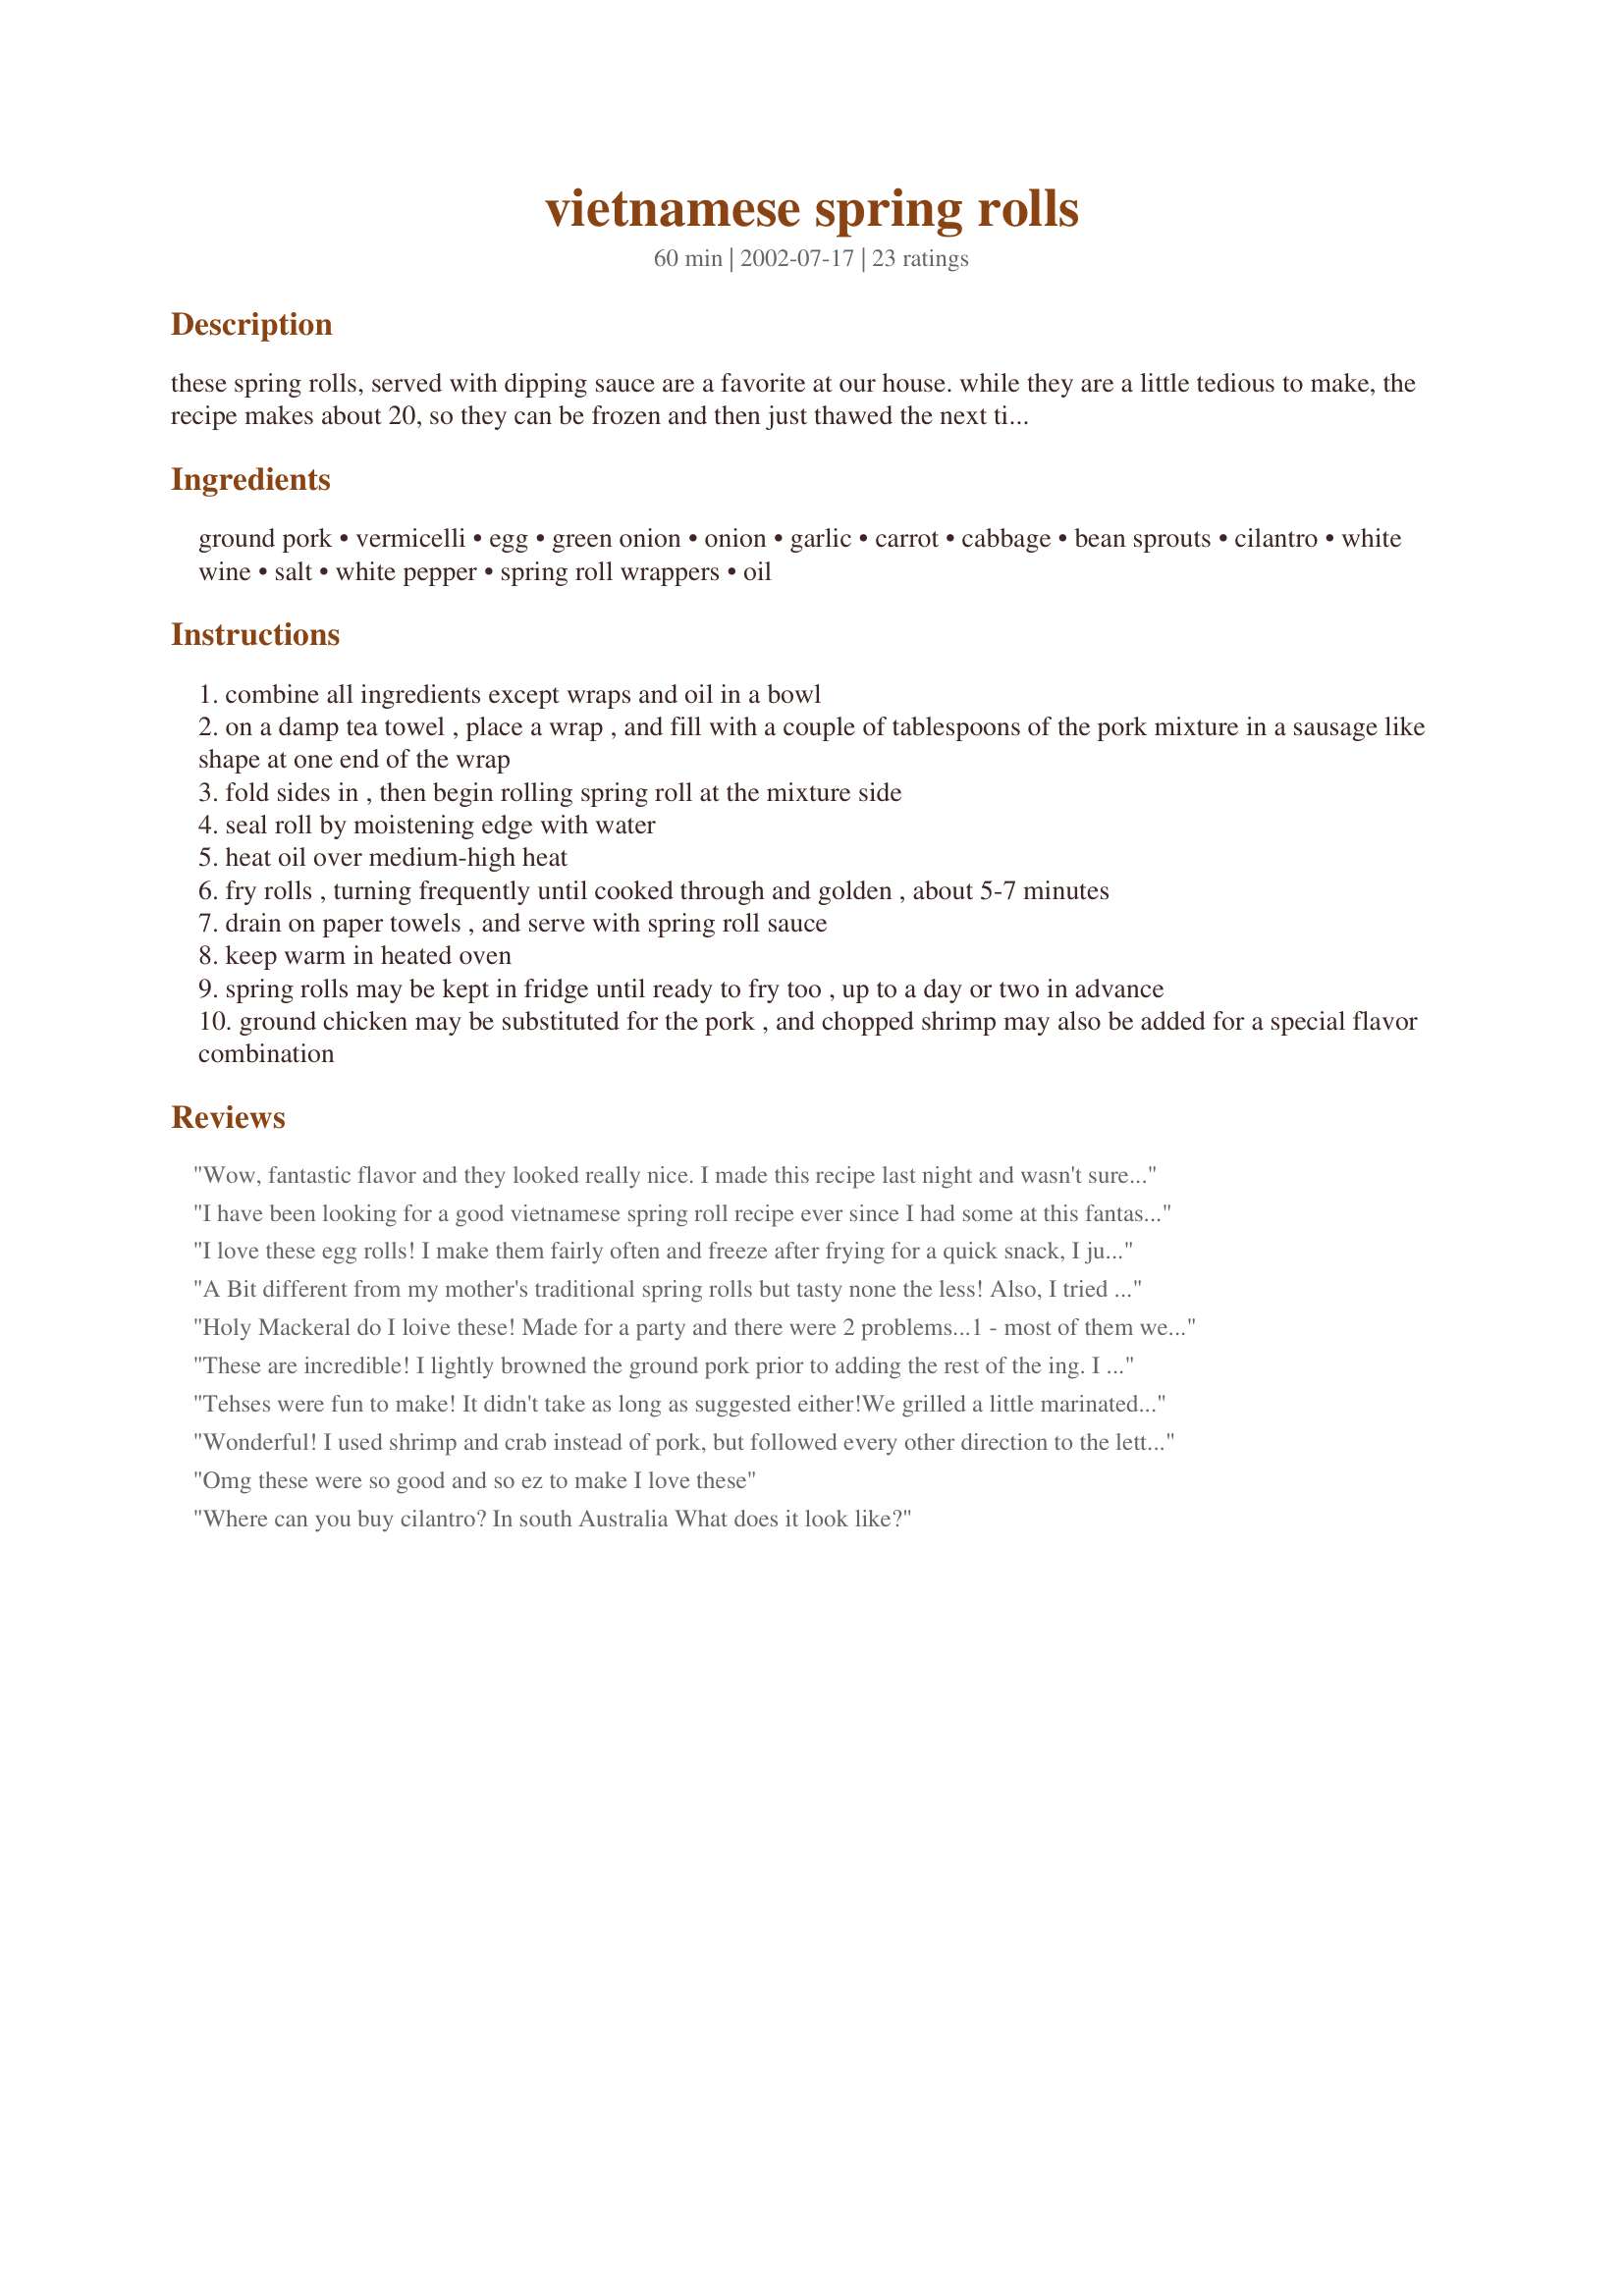
vietnamese spring rolls
Preparation time: 60 minutes

these spring rolls, served with dipping sauce are a favorite at our house. while they are a little tedious to make, the recipe makes about 20, so they can be frozen and then just thawed the next time. cook time is approximate, it will depend on how many you make, and whether you need to do them in batches.

Ingredients:
ground pork, vermicelli, egg, green onion, onion, garlic, carrot, cabbage, bean sprouts, cilantro, white wine, salt, white pepper, spring roll wrappers, oil

Steps:
combine all ingredients except wraps and oil in a bowl
on a damp tea towel , place a wrap , and fill with a couple of tablespoons of the pork mixture in a sausage like shape at one end of the wrap
fold sides in , then begin rolling spring roll at the mixture side
seal roll by moistening edge with water
heat oil over medium-high heat
fry rolls , turning frequently until cooked through and golden , about 5-7 minutes
drain on paper towels , and serve with spring roll sauce
keep warm in heated oven
spring rolls may be kept in fridge until ready to fry too , up to a day or two in advance
ground chicken may be substituted for the pork , and chopped shrimp may also be added for a special flavor combination

Reviews:
Wow, fantastic flavor and they looked really nice. I made this recipe last night and wasn't sure how the noodles would fit in but they do. We loved them and will make often. I agree with other reviewers about them being tedious to make but once you get in a flow they go really easy. Thank you for sharing these with us.
I have been looking for a good vietnamese spring roll recipe ever since I had some at this fantastic vietnamese place near where I live. This recipe is SO incredibly close to the ones from the restaurant. The only thing different I did was I ground up a package of shrimp in the food processor and added it in with the ground pork and also added in some lemongrass because the ones I had at the restaurant had ground shrimp and lemongrass in them. I also tried to replicate the sauce from the restaurant which was pretty easy and althought didnt seem great while I was making it, it really went fantastic with the rolls. (the sauce I made was 1 minced chili, 1 clove of minced garlic, 4-5 tbsp of sugar, 2/3 cup water, 1 tbsp of very finely shredded carrots, 1 1/2 tbsp of fresh lime juice, and 5 tbsp of fish sauce...the fish sauce is something Id never heard of before, but after digging a little I found it in the asian section of our grocery store. It comes in a small bottle, is orangy-brown and very watery. It stinks and tasted TERRIBLE on its own but when mixed with the above ingredients it makes a fantastic sauce.) Thanks for posting this recipe. everyone I made it for thought it was absolutely fantastic. I make it all the time. The first time I made it I used the rice papers, which I found did not fry evenly and didnt go crispy like the spring roll wrappers do. After that I only use the spring roll wrappers. I could only find these in a tiny asian store that I came across. None of the grocery stores where I live sell them. Thanks again. This is one of my favorites!
I love these egg rolls! I make them fairly often and freeze after frying for a quick snack, I just pull them out, defrost and bake them until hot. I love dipping them in Thai Red Chili Sauce. I always vary the ingredients depending on what I have in the kitchen, usually just making veggie egg rolls, but shrimp is also wonderful. I have a difficult time sealing the edges so that no oil enters, but I am getting better at it with practice. One caution: if you have fingernails be very carefull, the wrappers puncture very easily. When this happens I just sprinkle a little water on and pinch to seal. Thanks a lot!
A Bit different from my mother's traditional spring rolls but tasty none the less! Also, I tried to seal with water but it wouldn't stay. So instead of sealing with water, I seal with egg yolk, that way, it stays seal. I thought this helped a lot.
Holy Mackeral do I loive these! Made for a party and there were 2 problems...1 - most of them were casualties of mine and my DH's tummy, never making it to the party. 2 - There were not enough for the party as everyone wanted more, more, more. This may be partially related to #1 :) thank you so much for sharing a wonderful recipe!
These are incredible! I lightly browned the ground pork prior to adding the rest of the ing. I let it cool down. Worried about not getting it cooked all the way.
Tehses were fun to make! It didn't take as long as suggested either!We grilled a little marinated chicken and finely chopped it rather than using pork. We also made an easy sauce a friend from Thailand taught me - ketchup, water and sugar mixed in basically equal parts, then top with chopped peanuts! Yummy!
Wonderful! I used shrimp and crab instead of pork, but followed every other direction to the letter. I'm so proud I made this! I had enough left over mixture to fill up 10 more rolls though, which was good, because that means I get to eat more! I served this with Lo Mein and spinach egg drop soup. I also made your Nuoc Cham sauce to go with it. You're amazing Bratty Brat!
Omg these were so good and so ez to make I love these
Where can you buy cilantro? In south Australia What does it look like?
I am giving this 5 stars for the filling, which was spot on! I used chicken, which I pulsed in the processor untill finely chopped, but not minced.
I used the dry rice wrappers, as I dont have a problem with them, but when I defrosted the rolls, and fried them, most of the wrappers burst, so I guess the frozen "stretchy" ones would be better.
Yeah, I think our ideas of a "small onion" may be different. The whole roll tastes REALLY oniony, but I'm going to try and saute my mix before I fill anymore so that the onion cooks down and tastes a bit more pleasant. That's so wierd, and no one else seems to be having this problem, so maybe it's just me. Bummer.
Made these along with another recipe and these were by far the best. We added fresh hot pepper too but the cilantro really kicked it up. Left the egg out because it did not seem to need it. We baked some and froze the rest. Thanks for another great recipe.
Hey There-
These were great! I had been looking for one similar to those I had on Gabriola, and my BF has been craving "egg rolls" for a while. I wanted to try these so I made a batch Friday night. Easy to put together-I used my food processor, and the flavor was wonderful. I did hit it with some heat as we like hot food but other than that I satyed true to your recipe. I recomend this to anyone, from beginner to expierenced cook. Great flavor, nice texture and like I said-came together fast! I served with stir fry veggies! Thanks for posting! Di
turned out my great. my boyfriend loves these when we go to vietnamese restaurants and was really impressed i was able to make them and they turned out fantastic. i omitted the white wine (ive never seen wine served at a vietnamese restaurant) and they still turned out great.
Delicious! I made mine as writen but used only the veggies abd served with peanut dipping sauce. Rice paper rolls need to be dipped in warm water, then used.
Oh wow these were amazing. My son is very fussy with vegies so it was a great way for him to enjoy the ones in the rolls. He and his Dad came back for more they were that good!!! Thank you so much for posting this recipe - it is sure to be a big family favourite now!
These are Fabulous!!! The filling is just perfect (even without the rice vermacelli which I couldnt find). I used egg roll wrappers since that was all I could find and they turned out great. Had to fight off the beloved hubby and kid since these were made to be frozen for Mondays dinner. I also made the Nuoc (?) dipping sauce and everyone raved! Thank you so much - I have added this to my official recipe book to make over and over!!
These were fabulous and have become one of our guilty weekend pleasures. We did cut the rice vermicelli up into small pieces in the food processor the second time though because we found that it poked through the wrappers and made the rolls greasier.
Wow! These taste unbelievable! I made mine with the frozen wrappers and they were stretchy, strong and very easy to use. (Great tip, thank you SOOOOOOOOo MUCH! I used to make fresh rolls with the dry kind and had to throw half away because I couldn't handle them). I bought both large and small wrappers and actually prefer the smaller ones because the crunchy wrapper complements the innards so well. I used 25 large and about 8 small ones with the filling. I substituted ground chicken and chopped shrimp for the pork and did add in the cabbage. I sealed my ends with eggwhite and had no trouble with unwrapping. I served these with Spring roll Sauce from the store (orangy color with shredded carrots in it) and DH went crazy for them. I have frozen 14 of them and can't wait to enjoy them again in the future! Thanks so much.
Absolutely OUTSTANDING! This recipe is such a big time keeper!!!! I found this recipe really easy to work with and I have never dealt with egg roll/spring roll wrappers at all. And also, not tedious at all. Maybe because I like this sort of thing when I have time. I made a batch and a half of the filling and bought to bunches of spring roll wrappers because Im a pig :) Anyhow, There was 16 in a pack and I made enough to fill the 32 wrappers exactly. Me and BH ate all but 10 of them which I froze. We were hungry and it is his birthday. The only thing that I did differently was I went ahead and bought regular rice (fully cooked it) because I could not find Vemacelli rice at either grocery
store that I went to and could not find ground pork other than with about a half pound of ground beef (for meat loaf) so I used that. My BH does not like asian food but he loved this alot. I also didn't make your sauce because I have some great egg roll sauce from an asian store in the refrigerator. Other than that...........Excellent!!! Thank you so much for the great recipe. One more thingy. I did not have any problems whatsoever with the wrappers and they weren't even frozen. I rolled all 32 egg rolls in about 40 minutes. Thank you again so much!
Amazing recipe, cg! And OMG! Without your class, I would never have known how easy it is to make these!(http://www.recipezaar.com/bb/viewtopic.zsp?t=47469)
The flavor is great, and these are so versatile. Anyone could make these, and really should try. I also made your nuac cham sauce, and it was a wonderful addition! Thanks cg!
These were sooooo fun to make and sooooo yummy! Everyone LOVED them, including the kids!! I crave them every day now. I can't wait to make them again. You rock CG! Great recipe!
